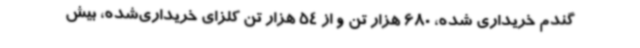
گندم خریداری شده، 680 هزار تن و از 54 هزار تن کلزای خریداری‌شده، بیش